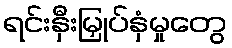
ရင်းနှီးမြှုပ်နှံမှုတွေ